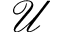
\mathcal { U }